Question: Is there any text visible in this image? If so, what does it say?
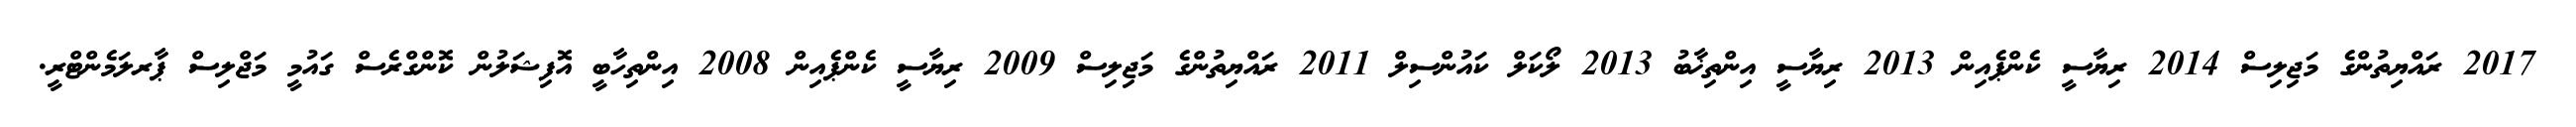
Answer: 2017 ރައްޔިތުންގެ މަޖިލިސް 2014 ރިޔާސީ ކެންޕެއިން 2013 ރިޔާސީ އިންތިޚާބު 2013 ލޯކަލް ކައުންސިލް 2011 ރައްޔިތުންގެ މަޖިލިސް 2009 ރިޔާސީ ކެންޕެއިން 2008 އިންތިހާބީ އޮފިޝަލުން ކޮންގްރެސް ގައުމީ މަޖްލިސް ޕާރލަމެންޓްރީ.